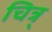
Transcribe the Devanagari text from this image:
चित्र्